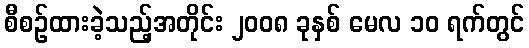
စီစဉ်ထားခဲ့သည့်အတိုင်း ၂၀၀၈ ခုနှစ် မေလ ၁၀ ရက်တွင်